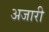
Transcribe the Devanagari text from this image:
अजारी